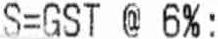
S=GST @ 6% :